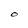
Character: 0